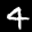
Label: 4